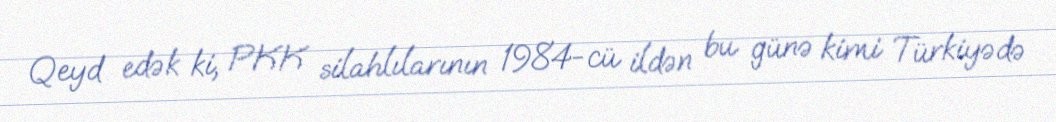
Qeyd edək ki, PKK silahlılarının 1984-cü ildən bu günə kimi Türkiyədə